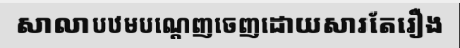
សាលាបឋមបណ្តេញចេញដោយសារតែរឿង